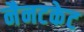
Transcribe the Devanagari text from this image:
नैनटकेट